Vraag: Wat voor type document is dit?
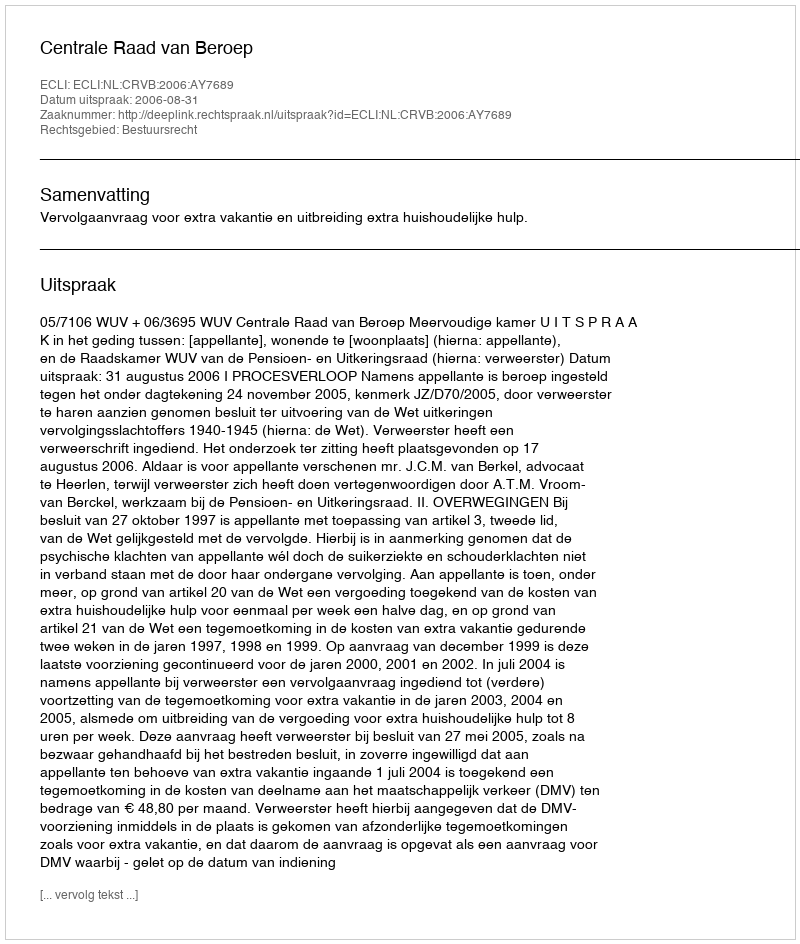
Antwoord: Uitspraak